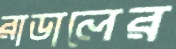
রাডালের